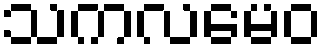
သကလမေဝ